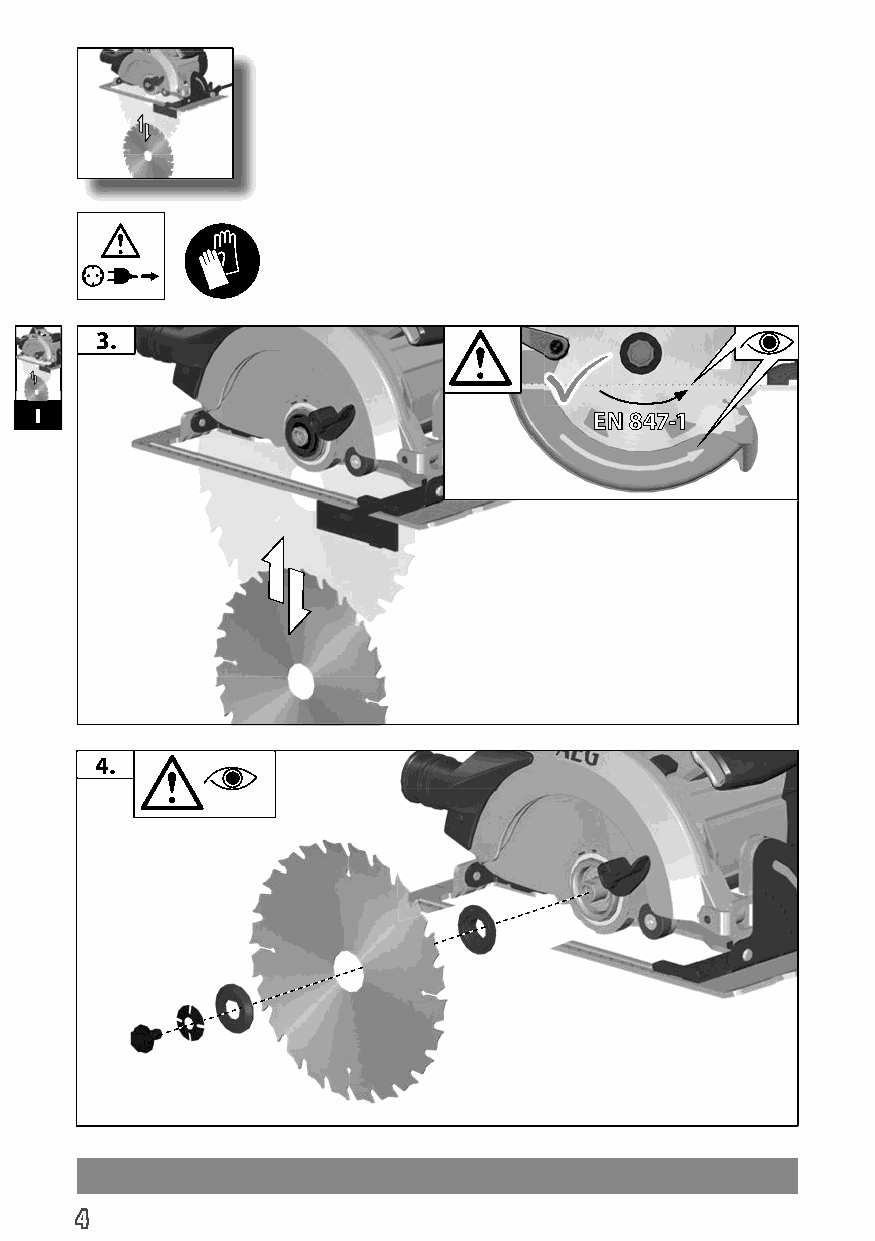
3.
 I                                    EN 847-1
 4.
 4